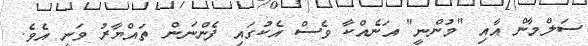
ސަލްމާން އާއި "މުންނީ" އަނެއްކާ ވެސް އެކުގައި ފެންނަން ތައްޔާރު ވަނީ އެވެ.